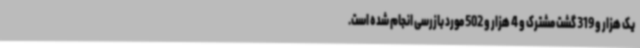
یک هزار و 319 گشت مشترک و 4 هزار و 502 مورد بازرسی انجام شده است.